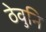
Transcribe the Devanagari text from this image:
ठेवुनि